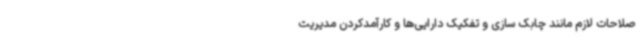
صلاحات لازم مانند چابک سازی و تفکیک دارایی‌ها و کارآمدکردن مدیریت